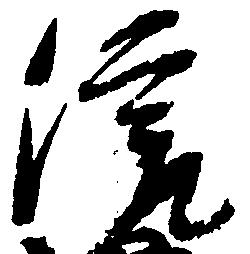
信